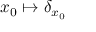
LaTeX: x _ { 0 } \mapsto \delta _ { x _ { 0 } }